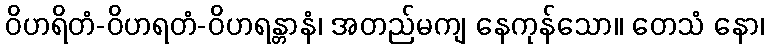
ဝိဟရိတံ-ဝိဟရတံ-ဝိဟရန္တာနံ၊ အတည်မကျ နေကုန်သော။ တေသံ နော၊